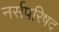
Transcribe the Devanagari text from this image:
नर्सपरिषद